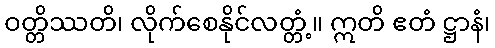
ဝတ္တိဿတိ၊ လိုက်စေနိုင်လတ္တံ့။ ဣတိ ဧတံ ဋ္ဌာနံ၊